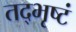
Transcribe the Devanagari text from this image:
तद्भृष्टं